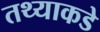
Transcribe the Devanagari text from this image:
तथ्याकडे